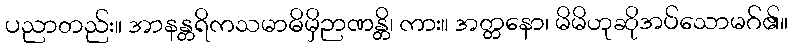
ပညာတည်း။ အာနန္တရိကသမာဓိမှိဉာဏန္တိ၊ ကား။ အတ္တနော၊ မိမိဟုဆိုအပ်သောမဂ်၏။